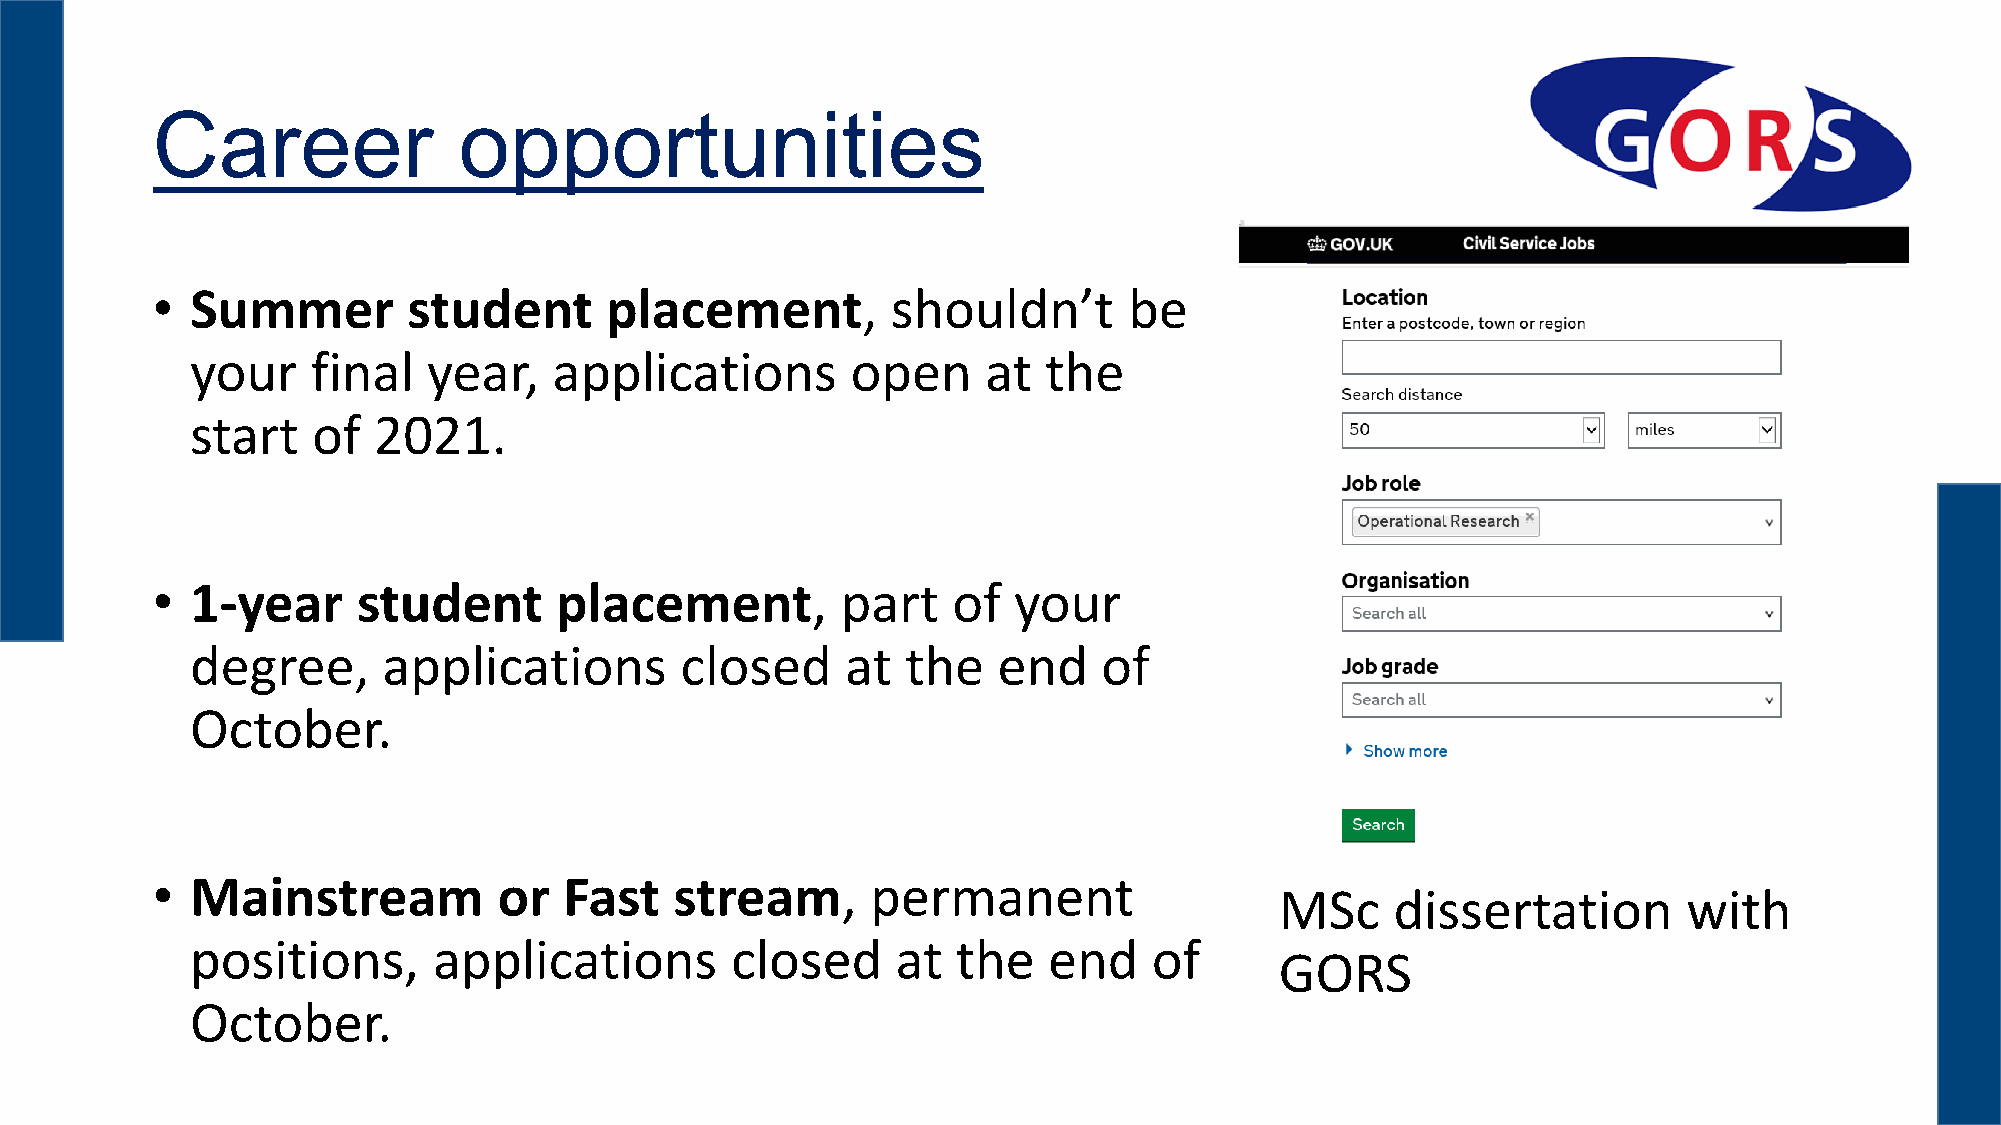
Career              opportunities
 •  Summer        student      placement,         shouldn’t       be
 your    final  year,    applications       open     at  the
 start   of  2021.
 •  1-year     student      placement,         part   of  your
 degree,     applications        closed     at  the   end    of
 October.
 •  Mainstream          or  Fast    stream,      permanent
 MSc    dissertation        with
 positions,      applications       closed     at  the   end    of
 GORS
 October.